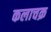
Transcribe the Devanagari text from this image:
कलाचक्र